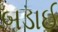
બડાઈ